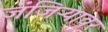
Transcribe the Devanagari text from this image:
जंजिऱ्यावर